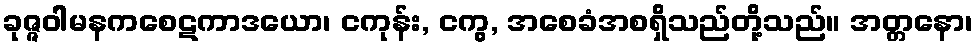
ခုဇ္ဇဝါမနကစေဋကာဒယော၊ ငကုန်း, ငကွ, အစေခံအစရှိသည်တို့သည်။ အတ္တနော၊